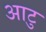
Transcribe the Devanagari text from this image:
आटु